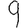
Digit: 9